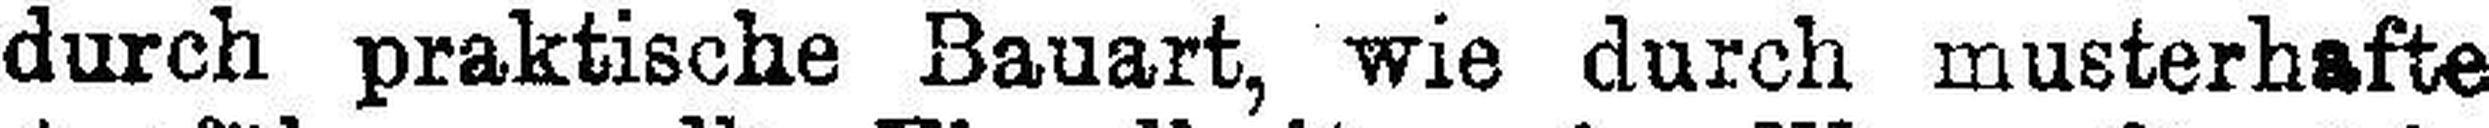
durch praktische Bauart, wie durch musterhafte